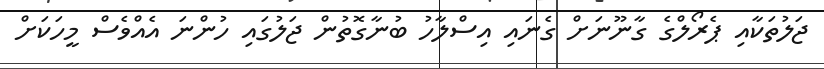
ޖަލުތަކާއި ޕެރޯލްގެ ގާނޫނަށް ގެނައި އިސްލާހު ބުނާގޮތުން ޖަލުގައި ހުންނަ އެއްވެސް މީހަކަށް